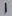
Text: 1